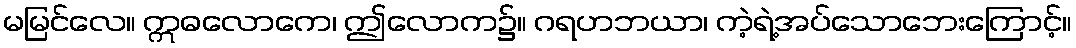
မမြင်လေ။ ဣဓလောကေ၊ ဤလောက၌။ ဂရဟဘယာ၊ ကဲ့ရဲ့အပ်သောဘေးကြောင့်။